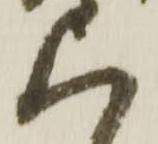
上